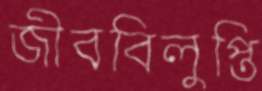
জীববিলুপ্তি